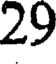
29